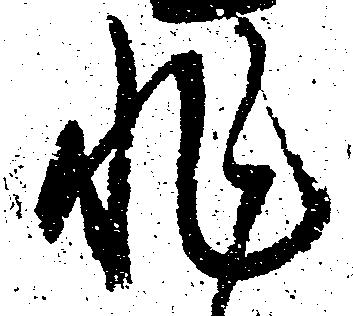
非